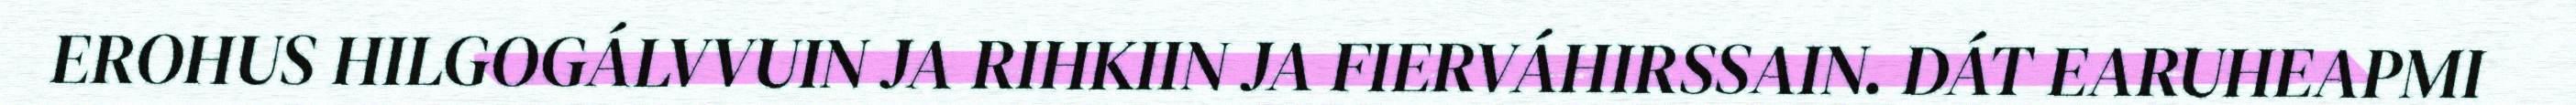
EROHUS HILGOGÁLVVUIN JA RIHKIIN JA FIERVÁHIRSSAIN. DÁT EARUHEAPMI